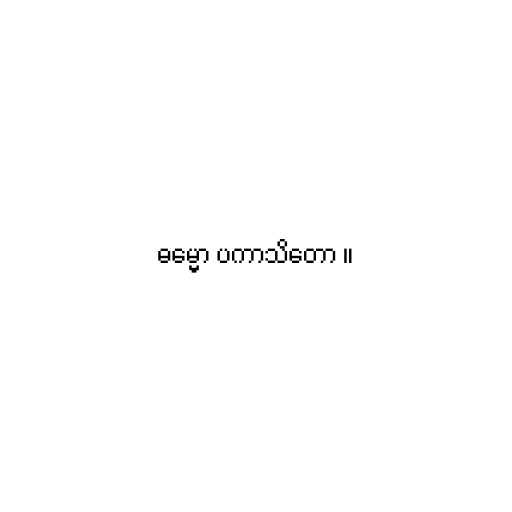
ဓမ္မော ပကာသိတော ။